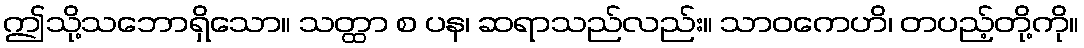
ဤသို့သဘောရှိသော။ သတ္ထာ စ ပန၊ ဆရာသည်လည်း။ သာဝကေဟိ၊ တပည့်တို့ကို။